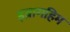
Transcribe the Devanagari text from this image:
इब्रागहिम